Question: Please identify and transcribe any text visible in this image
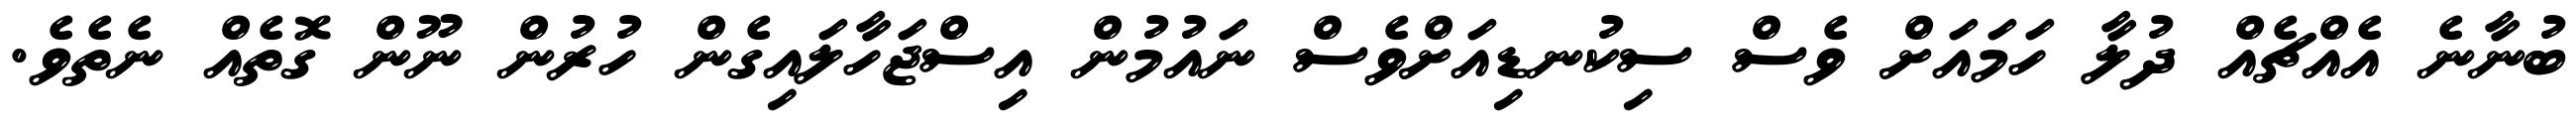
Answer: ބުނާނެ އެއްޗެއް ދުލާ ހަމައަށް ވެސް ސިކުނޑިއަށްވެސް ނައުމުން އިސްޖަހާލައިގެން ހުރުން ނޫން ގޮތެއް ނެތެވެ.